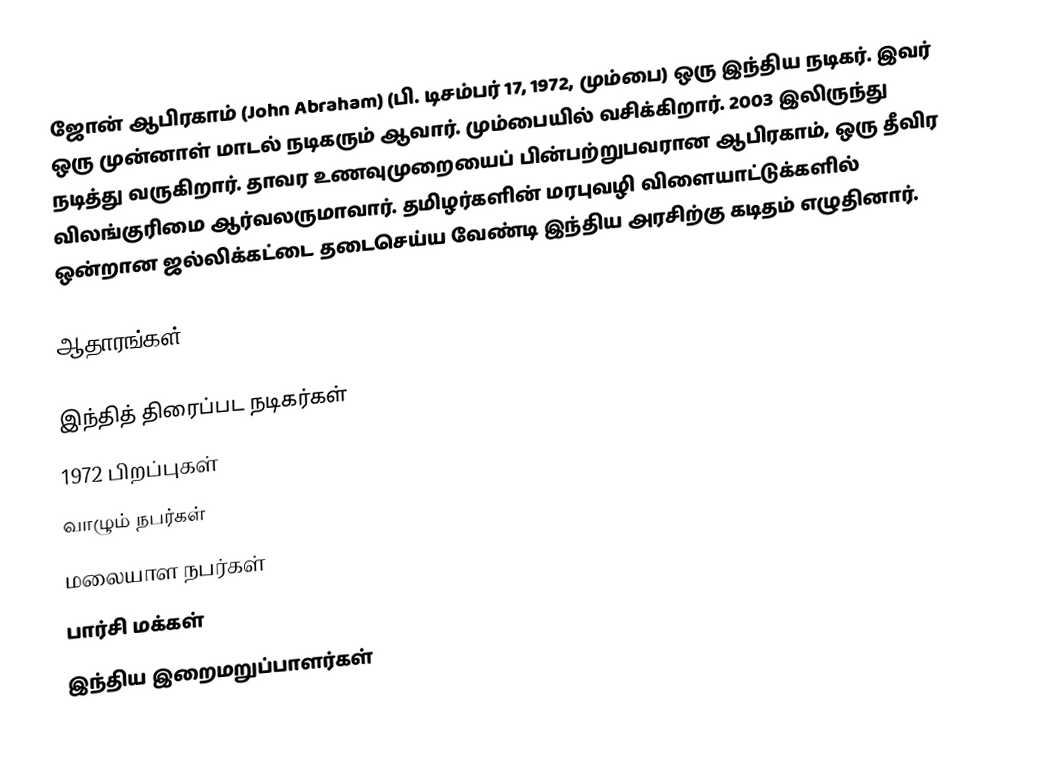
ஜோன் ஆபிரகாம் (John Abraham) (பி. டிசம்பர் 17, 1972, மும்பை) ஒரு இந்திய நடிகர். இவர் ஒரு முன்னாள் மாடல் நடிகரும் ஆவார். மும்பையில் வசிக்கிறார். 2003 இலிருந்து நடித்து வருகிறார். தாவர உணவுமுறையைப் பின்பற்றுபவரான ஆபிரகாம், ஒரு தீவிர விலங்குரிமை ஆர்வலருமாவார். தமிழர்களின் மரபுவழி விளையாட்டுக்களில் ஒன்றான ஜல்லிக்கட்டை தடைசெய்ய வேண்டி இந்திய அரசிற்கு கடிதம் எழுதினார்.

ஆதாரங்கள்

இந்தித் திரைப்பட நடிகர்கள்
1972 பிறப்புகள்
வாழும் நபர்கள்
மலையாள நபர்கள்
பார்சி மக்கள்
இந்திய இறைமறுப்பாளர்கள்